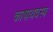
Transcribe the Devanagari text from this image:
काषायवस्त्र